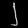
Digit: ၂